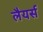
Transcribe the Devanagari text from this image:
लैयर्स